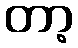
တာ့